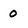
Character: o